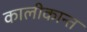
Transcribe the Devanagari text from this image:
कालीकान्त